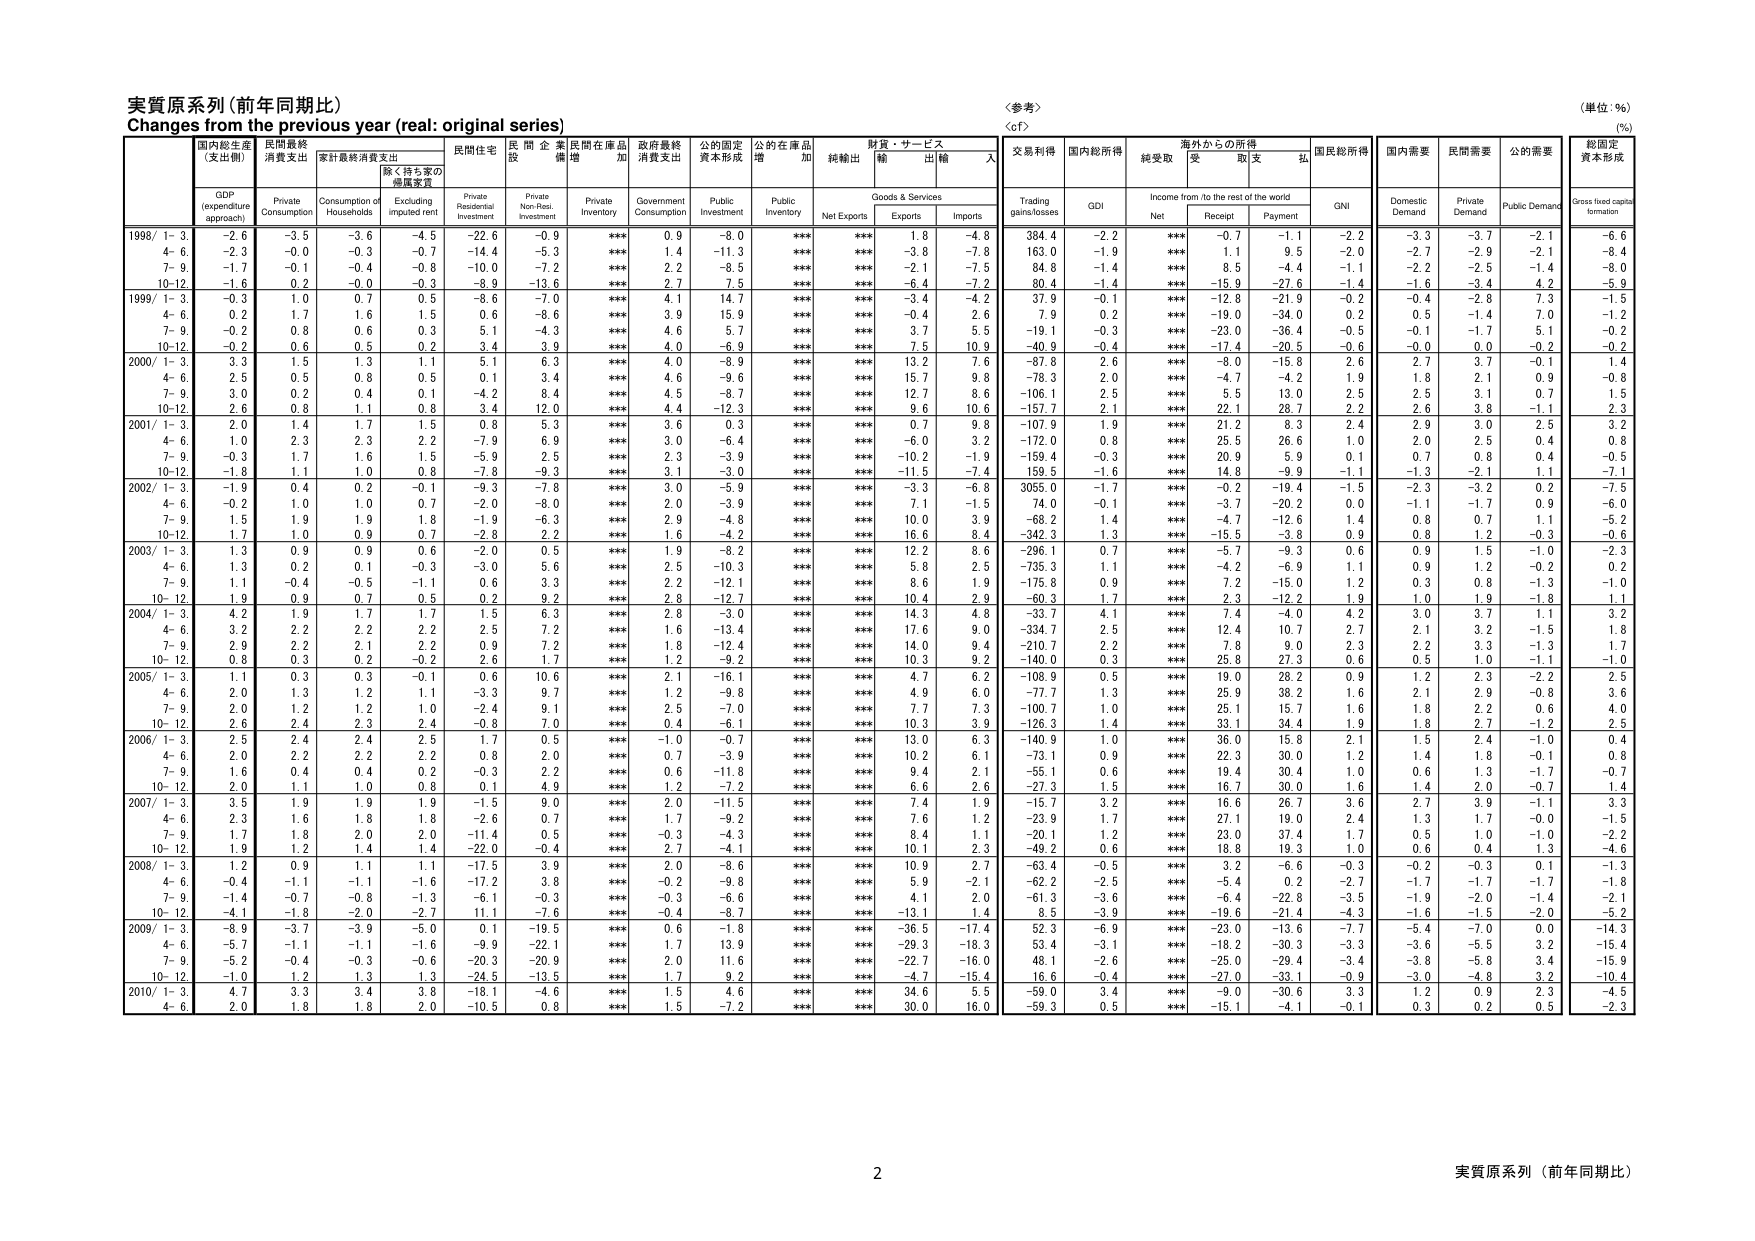
実質原系列（前年同期比）
Changes from the previous year (real: original series)
〈参考〉
（単位：%）
(%)

国内総生産
（支出側）
GDP
(expenditure approach)
民間最終
消費支出
Private
Consumption
家計最終消費支出
Consumption of
Households
除く持ち家の
帰属家賃
Excluding
imputed rent
民間住宅
Private
Residential
Investment
民間企業
設備
Private
Non-Res.
Investment
民間在庫品
増加
Private
Inventory
政府最終
消費支出
Government
Consumption
公的固定
資本形成
Public
Investment
公的在庫品
増加
Public
Inventory
純輸出
Net Exports
財貨・サービス
輸出
Exports
輸入
Imports
交易利得
Trading
gains/losses
国内総所得
GDI
純受取
Net
海外からの所得
income from /to the rest of the world
受取
Receipt
支払
Payment
国民総所得
GNI
国内需要
Domestic
Demand
民間需要
Private
Demand
公的需要
Public Demand
総固定
資本形成
Gross fixed capital
formation

1998/ 1-3.
-2.6
-3.5
-3.6
-4.5
-22.6
-0.9
***
0.9
-8.0
***
***
1.8
-4.8
384.4
-2.2
***
-0.7
-1.1
-2.2
-3.3
-3.7
-2.1
-6.6
4-6.
-2.3
-0.0
-0.3
-0.7
-14.4
-5.3
***
1.4
-11.3
***
***
-3.8
-7.8
163.0
-1.9
***
1.1
9.5
-2.0
-2.7
-2.9
-2.1
-8.4
7-9.
-1.7
-0.1
-0.4
-0.8
-10.0
-7.2
***
2.2
-8.5
***
***
-2.1
-7.5
84.8
-1.4
***
8.5
-4.4
-1.1
-2.2
-2.5
-1.4
-8.0
10-12.
-1.6
0.2
-0.0
-0.3
-8.9
-13.6
***
2.7
7.5
***
***
-6.4
-7.2
80.4
-1.4
***
-15.9
-27.6
-1.4
-1.6
-3.4
4.2
-5.9

1999/ 1-3.
-0.3
1.0
0.7
0.5
-8.6
-7.0
***
4.1
14.7
***
***
-3.4
-4.2
37.9
-0.1
***
-12.8
-21.9
-0.2
-0.4
-2.8
7.3
-1.5
4-6.
0.2
1.7
1.6
1.5
0.6
-8.6
***
3.9
15.9
***
***
-0.4
2.6
7.9
0.2
***
-19.0
-34.0
0.2
0.5
-1.4
7.0
-1.2
7-9.
-0.2
0.8
0.6
0.3
5.1
-4.3
***
4.6
5.7
***
***
3.7
5.5
-19.1
-0.3
***
-23.0
-36.4
-0.5
-0.1
-1.7
5.1
-0.2
10-12.
-0.2
0.6
0.5
0.2
3.4
3.9
***
4.0
-6.9
***
***
7.5
10.9
-40.9
-0.4
***
-17.4
-20.5
-0.6
-0.0
0.0
-0.2
-0.2

2000/ 1-3.
3.3
1.5
1.3
1.1
5.1
6.3
***
4.0
-8.9
***
***
13.2
7.6
-87.8
2.6
***
-8.0
-15.8
2.6
2.7
3.7
-0.1
1.4
4-6.
2.5
0.5
0.8
0.5
0.1
3.4
***
4.6
-9.6
***
***
15.7
9.8
-78.3
2.0
***
-4.7
-4.2
1.9
1.8
2.1
0.9
-0.8
7-9.
3.0
0.2
0.4
0.1
-4.2
8.4
***
4.5
-8.7
***
***
12.7
8.6
-106.1
2.5
***
5.5
13.0
2.5
2.5
3.1
0.7
1.5
10-12.
2.6
0.8
1.1
0.8
3.4
12.0
***
4.4
-12.3
***
***
9.6
10.6
-157.7
2.1
***
22.1
28.7
2.2
2.6
3.8
-1.1
2.3

2001/ 1-3.
2.0
1.4
1.7
1.5
0.8
5.3
***
3.6
0.3
***
***
0.7
9.8
-107.9
1.9
***
21.2
8.3
2.4
2.9
3.0
2.5
3.2
4-6.
1.0
2.3
2.3
2.2
-7.9
6.9
***
3.0
-6.4
***
***
-6.0
3.2
-172.0
0.8
***
25.5
26.6
1.0
2.0
2.5
0.4
0.8
7-9.
-0.3
1.7
1.6
1.5
-5.9
2.5
***
2.3
-3.9
***
***
-10.2
-1.9
-159.4
-0.3
***
20.9
5.9
0.1
0.7
0.8
0.4
-0.5
10-12.
-1.8
1.1
1.0
0.8
-7.8
-9.3
***
3.1
-3.0
***
***
-11.5
-7.4
159.5
-1.6
***
14.8
-9.9
-1.1
-1.3
-2.1
1.1
-7.1

2002/ 1-3.
-1.9
0.4
0.2
-0.1
-9.3
-7.8
***
3.0
-5.9
***
***
-3.3
-6.8
3055.0
-1.7
***
-0.2
-19.4
-1.5
-2.3
-3.2
0.2
-7.5
4-6.
-0.2
1.0
1.0
0.7
-2.0
-8.0
***
2.0
-3.9
***
***
7.1
-1.5
74.0
-0.1
***
-3.7
-20.2
0.0
-1.1
-1.7
0.9
-6.0
7-9.
1.5
1.9
1.9
1.8
-1.9
-6.3
***
2.9
-4.8
***
***
10.0
3.9
-68.2
1.4
***
-4.7
-12.6
1.4
0.8
0.7
1.1
-5.2
10-12.
1.7
1.0
0.9
0.7
-2.8
2.2
***
1.6
-4.2
***
***
16.6
8.4
-342.3
1.3
***
-15.5
-3.8
0.9
0.8
1.2
-0.3
-0.6

2003/ 1-3.
1.3
0.9
0.9
0.6
-2.0
0.5
***
1.9
-8.2
***
***
12.2
8.6
-296.1
0.7
***
-5.7
-9.3
0.6
0.9
1.5
-1.0
-2.3
4-6.
1.3
0.2
0.1
-0.3
-3.0
5.6
***
2.5
-10.3
***
***
5.8
2.5
-735.3
1.1
***
-4.2
-6.9
1.1
0.9
1.2
-0.2
0.2
7-9.
1.1
-0.4
-0.5
-1.1
0.6
3.3
***
2.2
-12.1
***
***
8.6
1.9
-175.8
0.9
***
7.2
-15.0
1.2
0.3
0.8
-1.3
-1.0
10-12.
1.9
0.9
0.7
0.5
0.2
9.2
***
2.8
-12.7
***
***
10.4
2.9
-60.3
1.7
***
2.3
-12.2
1.9
1.0
1.9
-1.8
1.1

2004/ 1-3.
4.2
1.9
1.7
1.7
1.5
6.3
***
2.8
-3.0
***
***
14.3
4.8
-33.7
4.1
***
7.4
-4.0
4.2
3.0
3.7
1.1
3.2
4-6.
3.2
2.2
2.2
2.2
2.5
7.2
***
1.6
-13.4
***
***
17.6
9.0
-334.7
2.5
***
12.4
10.7
2.7
2.1
3.2
-1.5
1.8
7-9.
2.9
2.2
2.1
2.2
0.9
7.2
***
1.8
-12.4
***
***
14.0
9.4
-210.7
2.2
***
7.8
9.0
2.3
2.2
3.3
-1.3
1.7
10-12.
0.8
0.3
0.2
-0.2
2.6
1.7
***
1.2
-9.2
***
***
10.3
9.2
-140.0
0.3
***
25.8
27.3
0.6
0.5
1.0
-1.1
-1.0

2005/ 1-3.
1.1
0.3
0.3
-0.1
0.6
10.6
***
2.1
-16.1
***
***
4.7
6.2
-108.9
0.5
***
19.0
28.2
0.9
1.2
2.3
-2.2
2.5
4-6.
2.0
1.3
1.2
1.1
-3.3
9.7
***
1.2
-9.8
***
***
4.9
6.0
-77.7
1.3
***
25.9
38.2
1.6
2.1
2.9
-0.8
3.6
7-9.
2.0
1.2
1.2
1.0
-2.4
9.1
***
2.5
-7.0
***
***
7.7
7.3
-100.7
1.0
***
25.1
15.7
1.6
1.8
2.2
0.6
4.0
10-12.
2.6
2.4
2.3
2.4
-0.8
7.0
***
0.4
-6.1
***
***
10.3
3.9
-126.3
1.4
***
33.1
34.4
1.9
1.8
2.7
-1.2
2.5

2006/ 1-3.
2.5
2.4
2.4
2.5
1.7
0.5
***
-1.0
-0.7
***
***
13.0
6.3
-140.9
1.0
***
36.0
15.8
2.1
1.5
2.4
-1.0
0.4
4-6.
2.0
2.2
2.2
2.2
0.8
2.0
***
0.7
-3.9
***
***
10.2
6.1
-73.1
0.9
***
22.3
30.0
1.2
1.4
1.8
-0.1
0.8
7-9.
1.6
0.4
0.4
0.2
-0.3
2.2
***
0.6
-11.8
***
***
9.4
2.1
-55.1
0.6
***
19.4
30.4
1.0
0.6
1.3
-1.7
-0.7
10-12.
2.0
1.1
1.0
0.8
0.1
4.9
***
1.2
-7.2
***
***
6.6
2.6
-27.3
1.5
***
16.7
30.0
1.6
1.4
2.0
-0.7
1.4

2007/ 1-3.
3.5
1.9
1.9
1.9
-1.5
9.0
***
2.0
-11.5
***
***
7.4
1.9
-15.7
3.2
***
16.6
26.7
3.6
2.7
3.9
-1.1
3.3
4-6.
2.3
1.6
1.8
1.8
-2.6
0.7
***
1.7
-9.2
***
***
7.6
1.2
-23.9
1.7
***
27.1
19.0
2.4
1.3
1.7
-0.0
-1.5
7-9.
1.7
1.8
2.0
2.0
-11.4
0.5
***
-0.3
-4.3
***
***
8.4
1.1
-20.1
1.2
***
23.0
37.4
1.7
0.5
1.0
-1.0
-2.2
10-12.
1.9
1.2
1.4
1.4
-22.0
-0.4
***
2.7
-4.1
***
***
10.1
2.3
-49.2
0.6
***
18.8
19.3
1.0
0.6
0.4
1.3
-4.6

2008/ 1-3.
1.2
0.9
1.1
1.1
-17.5
3.9
***
2.0
-8.6
***
***
10.9
2.7
-63.4
-0.5
***
3.2
-6.6
-0.3
-0.2
-0.3
0.1
-1.3
4-6.
-0.4
-1.1
-1.1
-1.6
-17.2
3.8
***
-0.2
-9.8
***
***
5.9
-2.1
-62.2
-2.5
***
-5.4
0.2
-2.7
-1.7
-1.7
-1.7
-1.8
7-9.
-1.4
-0.7
-0.8
-1.3
-6.1
-0.3
***
-0.3
-6.6
***
***
4.1
2.0
-61.3
-3.6
***
-6.4
-22.8
-3.5
-1.9
-2.0
-1.4
-2.1
10-12.
-4.1
-1.8
-2.0
-2.7
11.1
-7.6
***
-0.4
-8.7
***
***
-13.1
1.4
8.5
-3.9
***
-19.6
-21.4
-4.3
-1.6
-1.5
-2.0
-5.2

2009/ 1-3.
-8.9
-3.7
-3.9
-5.0
0.1
-19.5
***
0.6
-1.8
***
***
-36.5
-17.4
52.3
-6.9
***
-23.0
-13.6
-7.7
-5.4
-7.0
0.0
-14.3
4-6.
-5.7
-1.1
-1.1
-1.6
-9.9
-22.1
***
1.7
13.9
***
***
-29.3
-18.3
53.4
-3.1
***
-18.2
-30.3
-3.3
-3.6
-5.5
3.2
-15.4
7-9.
-5.2
-0.4
-0.3
-0.6
-20.3
-20.9
***
2.0
11.6
***
***
-22.7
-16.0
48.1
-2.6
***
-25.0
-29.4
-3.4
-3.8
-5.8
3.4
-15.9
10-12.
-1.0
1.2
1.3
1.3
-24.5
-13.5
***
1.7
9.2
***
***
-4.7
-15.4
16.6
-0.4
***
-27.0
-33.1
-0.9
-3.0
-4.8
3.2
-10.4

2010/ 1-3.
4.7
3.3
3.4
3.8
-18.1
-4.6
***
1.5
4.6
***
***
34.6
5.5
-59.0
3.4
***
-9.0
-30.6
3.3
1.2
0.9
2.3
-4.5
4-6.
2.0
1.8
1.8
2.0
-10.5
0.8
***
1.5
-7.2
***
***
30.0
16.0
-59.3
0.5
***
-15.1
-4.1
-0.1
0.3
0.2
0.5
-2.3

2
実質原系列（前年同期比）